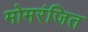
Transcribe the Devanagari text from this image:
मोमरंजित